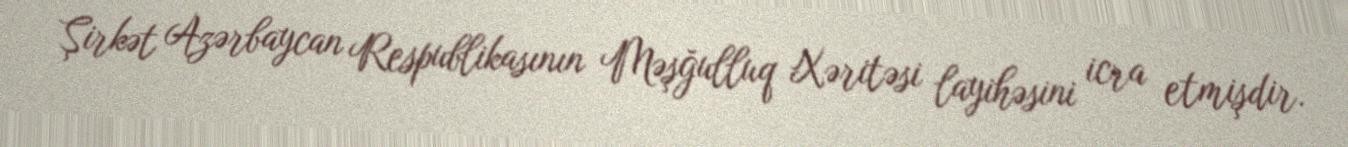
Şirkət Azərbaycan Respublikasının Məşğulluq Xəritəsi layihəsini icra etmişdir.